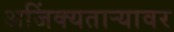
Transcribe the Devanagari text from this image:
अजिंक्यतार्‍यावर